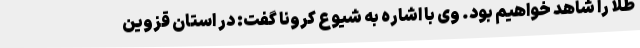
طلا را شاهد خواهیم بود. وی با اشاره به شیوع کرونا گفت: در استان قزوین